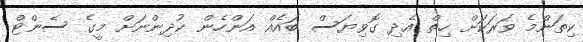
ކިތަންމެ ވަރަކަށް ހިތް އެދި ގޮވިޔަސް ބައެއް އަންހެން ކުދިންނަށް މީގެ ސެންޓް